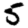
Digit: 5